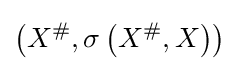
\left(X^{\#},\sigma \left(X^{\#},X\right)\right)